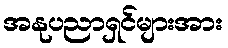
အနုပညာရှင်များအား